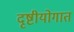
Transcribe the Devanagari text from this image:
दृष्टीयोगात